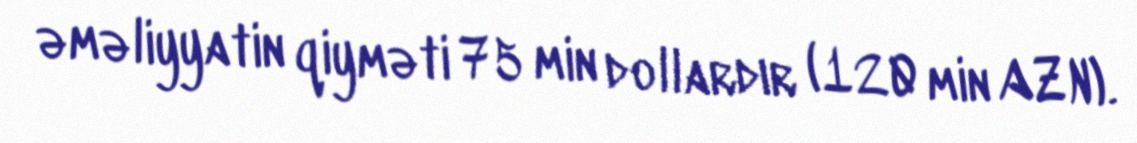
əməliyyatin qiyməti 75 min dollardır (120 min AZN).